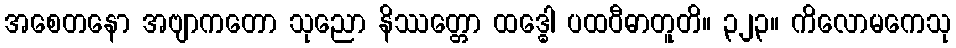
အစေတနော အဗျာကတော သုညော နိဿတ္တော ထဒ္ဓေါ ပထဝီဓာတူတိ။ ၃၂၃။ ကိလောမကေသု